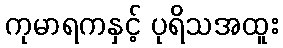
ကုမာရကနှင့် ပုရိသအထူး